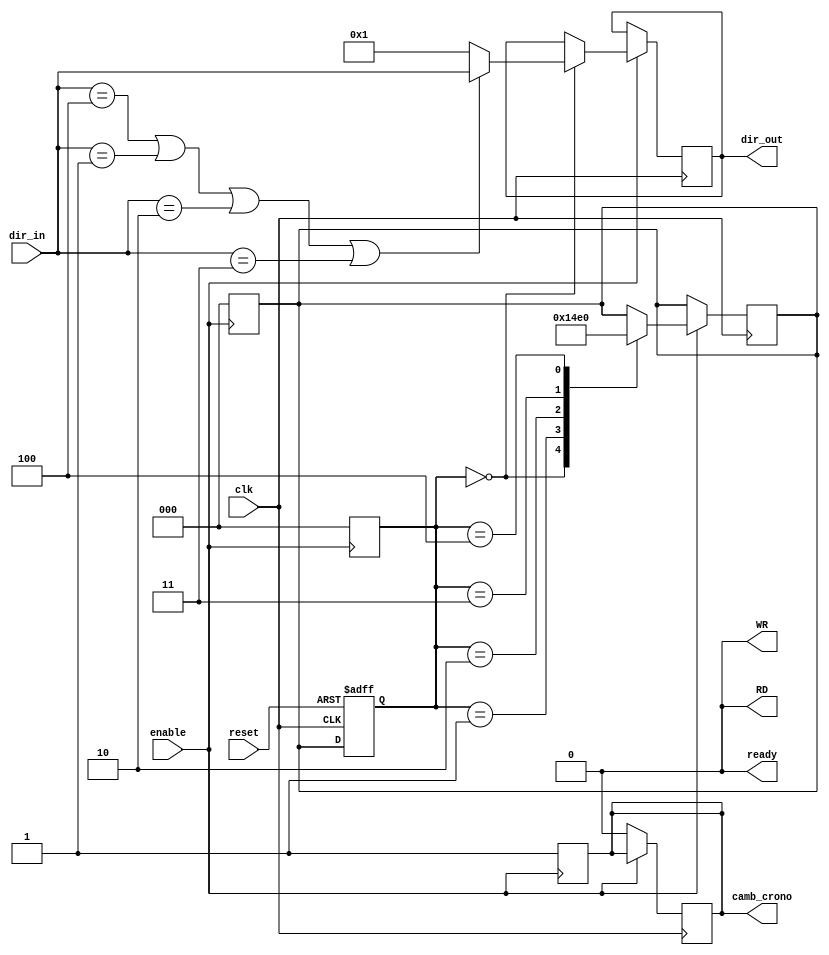
`timescale 1ns / 1ps
//////////////////////////////////////////////////////////////////////////////////
// Company: 
// Engineer: 
// 
// Design Name: 
// Module Name: camb_crono
// Project Name: 
// Target Devices: 
// Tool Versions: 
// Description: 
// 
// Dependencies: 
// 
// Revision:
// Revision 0.01 - File Created
// Additional Comments:
// 
//////////////////////////////////////////////////////////////////////////////////


module camb_crono(
    input wire clk,
    input wire enable,
    input wire [7:0] dir_in,
    output wire [7:0] dir_out,
    output wire camb_crono,
    output wire WR,
    output wire RD,
    output wire ready,
    input wire reset
    );
    
    reg [8:0] clkr=9'b000000000;
    reg [2:0] next, state;
    reg  [7:0] dir_out_reg=0;
    reg RD_reg=0, WR_reg=0, ready_reg=0, camb_crono_reg=0;
        
    always @(posedge enable)begin
        RD_reg<=0;
        WR_reg<=0;
        ready_reg=0;
        next<=3'b000;
        state=0;
        clkr=0;
        camb_crono_reg=1;
        end 
    
    always @(posedge clk)
    if(!enable)begin
        camb_crono_reg=0;
        ready_reg=0;
        RD_reg=0;
        WR_reg=0;
    end
    else if (enable)
    begin
        case (state)
            3'b000: begin 
                    if (dir_in==4 || dir_in==1 || dir_in==2 || dir_in==3) dir_out_reg=dir_in;
                    else dir_out_reg=1;
                   next=3'b001; end
            3'b001: begin
                   next=3'b010;
                   RD_reg=1; end
            3'b010: begin
                   if (RD_reg==0)begin
                     next=3'b011;end 
                   end 
            3'b011: begin
                   if (WR_reg==0)begin
                      ready_reg=1;
                      next=3'b100;
                      end 
                   end 
            3'b100: begin
                     ready_reg=1;
                     next=3'b000;
                   end
        endcase
    end
    
  always @(posedge clk or posedge reset)
        if(reset==1) state=0;
        else state=next;
    
    always @(posedge clk)begin
    if (enable & !reset)begin
    if (state==2)
    begin
        clkr = clkr+1;
        RD_reg=1;
        if (clkr==9'b100000001)begin
        RD_reg=0;
        WR_reg=1;
        clkr=0;end
    end 
    else if(state==3)
    begin
        clkr = clkr+1;
        WR_reg=1;
        if (clkr==9'b100000000)begin
        WR_reg=0;
        clkr=0;end
    end end
    end
 
 assign RD=RD_reg;
 assign WR=WR_reg;
 assign ready=ready_reg;
 assign dir_out=dir_out_reg;
 assign camb_crono=camb_crono_reg;
 
endmodule